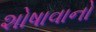
શોષાવાનો